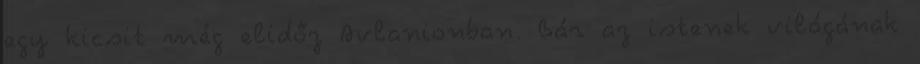
egy kicsit még elidőz Avlanionban. Bár az istenek világának